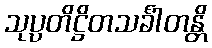
သုပ္ပတိဋ္ဌိတသင်္ခါတန္တိ